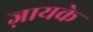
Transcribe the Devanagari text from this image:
ज़ायके